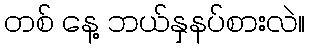
တစ် နေ့ ဘယ်နှနပ်စားလဲ။